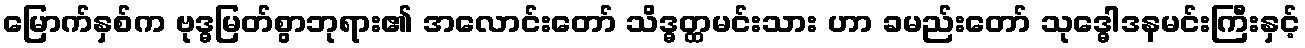
မြောက်နှစ်က ဗုဒ္ဓမြတ်စွာဘုရား၏ အလောင်းတော် သိဒ္ဓတ္ထမင်းသား ဟာ ခမည်းတော် သုဒ္ဓေါဒနမင်းကြီးနှင့်